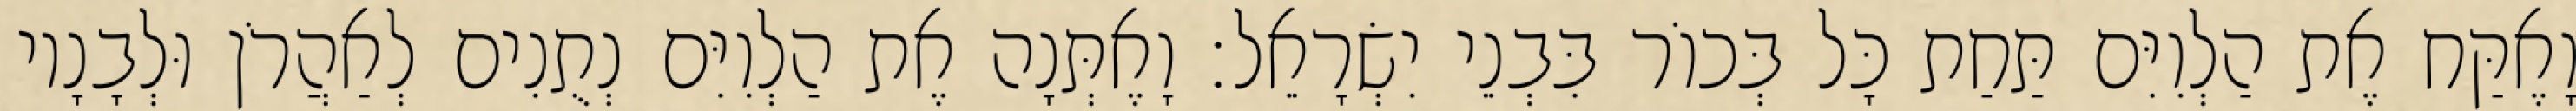
וָאֶקַּח אֶת הַלְוִיִּם תַּחַת כָּל בְּכוֹר בִּבְנֵי יִשְׂרָאֵל׃ וָאֶתְּנָה אֶת הַלְוִיִּם נְתֻנִים לְאַהֲרֹן וּלְבָנָיו